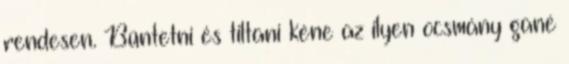
rendesen. Büntetni és tiltani kéne az ilyen ocsmány gané